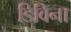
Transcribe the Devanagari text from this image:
डिविना